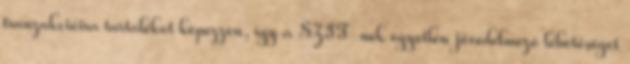
tranzakcióira tartalékot képezzen, így a SZIT-nek egyetlen jövedelmező lehetőséget